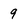
Character: 9